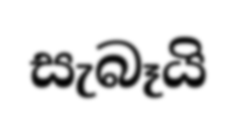
සැබෑයි